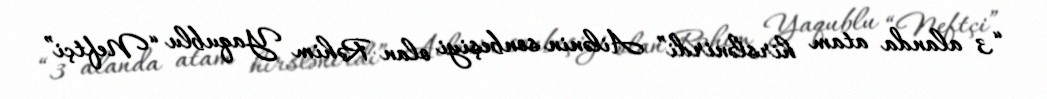
“3 alanda atam hirslənirdi” Ailənin sonbeşiyi olan Rəhim Yaqublu “Neftçi”